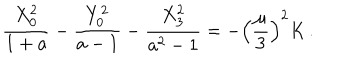
{ \frac { X _ { 0 } ^ { 2 } } { 1 + a } } - { \frac { Y _ { 0 } ^ { 2 } } { a - 1 } } - { \frac { X _ { 3 } ^ { 2 } } { a ^ { 2 } - 1 } } = - \left( { \frac { \mu } { 3 } } \right) ^ { 2 } K \, .